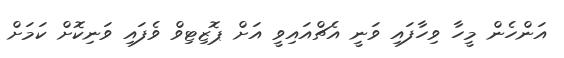
އަންހެން މީހާ ވިހާފައި ވަނީ އެޗްއައިވީ އަށް ޕޮޒިޓިވް ވެފައި ވަނިކޮށް ކަމަށް